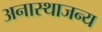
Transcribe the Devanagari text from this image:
अनास्थाजन्य